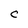
Character: C